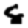
Digit: 8